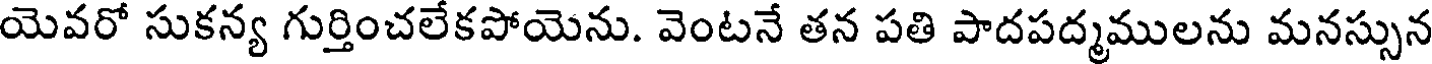
యెవరో సుకన్య గుర్తించలేకపోయెను. వెంటనే తన పతి పాదపద్మములను మనస్సున